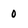
Character: 0